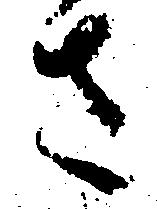
さ